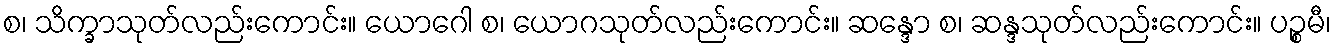
စ၊ သိက္ခာသုတ်လည်းကောင်း။ ယောဂေါ စ၊ ယောဂသုတ်လည်းကောင်း။ ဆန္ဒော စ၊ ဆန္ဒသုတ်လည်းကောင်း။ ပဉ္စမီ၊